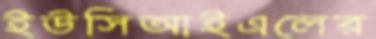
ইউসিআইএলের